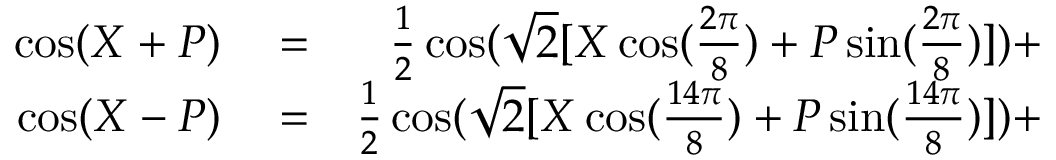
\begin{array} { r l r } { \cos ( X + P ) } & { { } = } & { \frac { 1 } { 2 } \cos ( \sqrt { 2 } [ X \cos ( \frac { 2 \pi } { 8 } ) + P \sin ( \frac { 2 \pi } { 8 } ) ] ) + } \\ { \cos ( X - P ) } & { { } = } & { \frac { 1 } { 2 } \cos ( \sqrt { 2 } [ X \cos ( \frac { 1 4 \pi } { 8 } ) + P \sin ( \frac { 1 4 \pi } { 8 } ) ] ) + } \end{array}